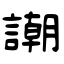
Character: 謿